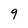
Character: 9